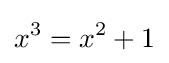
x^{3}=x^{2}+1